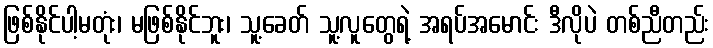
ဖြစ်နိုင်ပါ့မတုံး၊ မဖြစ်နိုင်ဘူး၊ သူ့ခေတ် သူ့လူတွေရဲ့ အရပ်အမောင်း ဒီလိုပဲ တစ်ညီတည်း